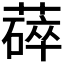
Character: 𬞚